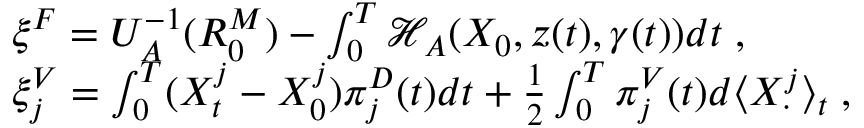
\begin{array} { r l } & { \xi ^ { F } = U _ { A } ^ { - 1 } ( R _ { 0 } ^ { M } ) - \int _ { 0 } ^ { T } \mathcal { H } _ { A } ( X _ { 0 } , z ( t ) , \gamma ( t ) ) d t \; , } \\ & { \xi _ { j } ^ { V } = \int _ { 0 } ^ { T } ( X _ { t } ^ { j } - X _ { 0 } ^ { j } ) \pi _ { j } ^ { D } ( t ) d t + \frac 1 2 \int _ { 0 } ^ { T } \pi _ { j } ^ { V } ( t ) d \langle X _ { \cdot } ^ { j } \rangle _ { t } \; , } \end{array}